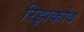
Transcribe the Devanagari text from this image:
रिझकोव